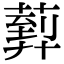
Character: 𦻢